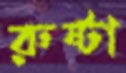
রুষ্টা